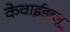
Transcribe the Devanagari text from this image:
केवाईडब्लू